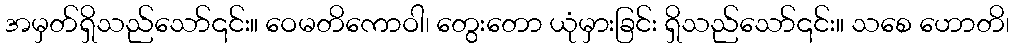
အမှတ်ရှိသည်သော်၎င်း။ ဝေမတိကောဝါ၊ တွေးတော ယုံမှားခြင်း ရှိသည်သော်၎င်း။ သစေ ဟောတိ၊